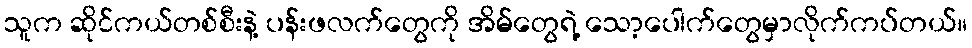
သူက ဆိုင်ကယ်တစ်စီးနဲ့ ပန်းဖလက်တွေကို အိမ်တွေရဲ့ သော့ပေါက်တွေမှာလိုက်ကပ်တယ်။